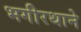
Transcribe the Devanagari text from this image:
भगीरथाने